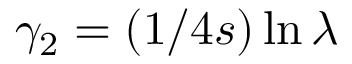
\gamma _ { 2 } = ( 1 / 4 s ) \ln \lambda